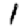
Digit: 1